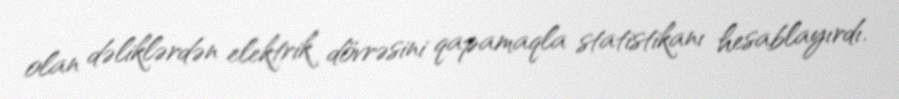
olan dəliklərdən elektrik dövrəsini qapamaqla statistikanı hesablayırdı.